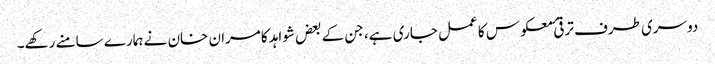
دوسری طرف ترقیٔ معکوس کا عمل جاری ہے، جن کے بعض شواہد کامران خان نے ہمارے سامنے رکھے۔